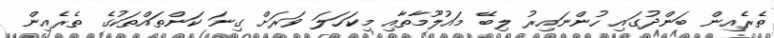
ތެރެއިން ބަންދުގައި ހުންނައިރު ލިބޭ މައުލޫމާތާއި މިކަހަލަ ވަރަށް ގިނަ ކަންތައްތަކުގެ ތެރެއިން